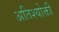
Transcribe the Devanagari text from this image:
अतिश्योक्ती